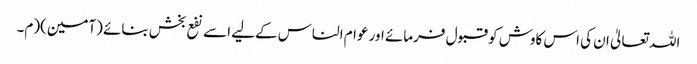
اللہ تعالیٰ ان کی اس کاوش کو قبول فرمائے اور عوام الناس کےلیے اسے نفع بخش بنائے (آمین)(م۔